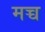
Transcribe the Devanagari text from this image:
मच्च